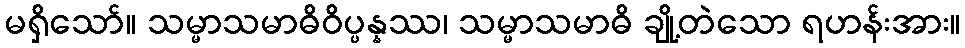
မရှိသော်။ သမ္မာသမာဓိဝိပ္ပန္နဿ၊ သမ္မာသမာဓိ ချို့တဲသော ရဟန်းအား။